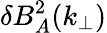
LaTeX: \delta B_{A}^{2}(k_{\perp})